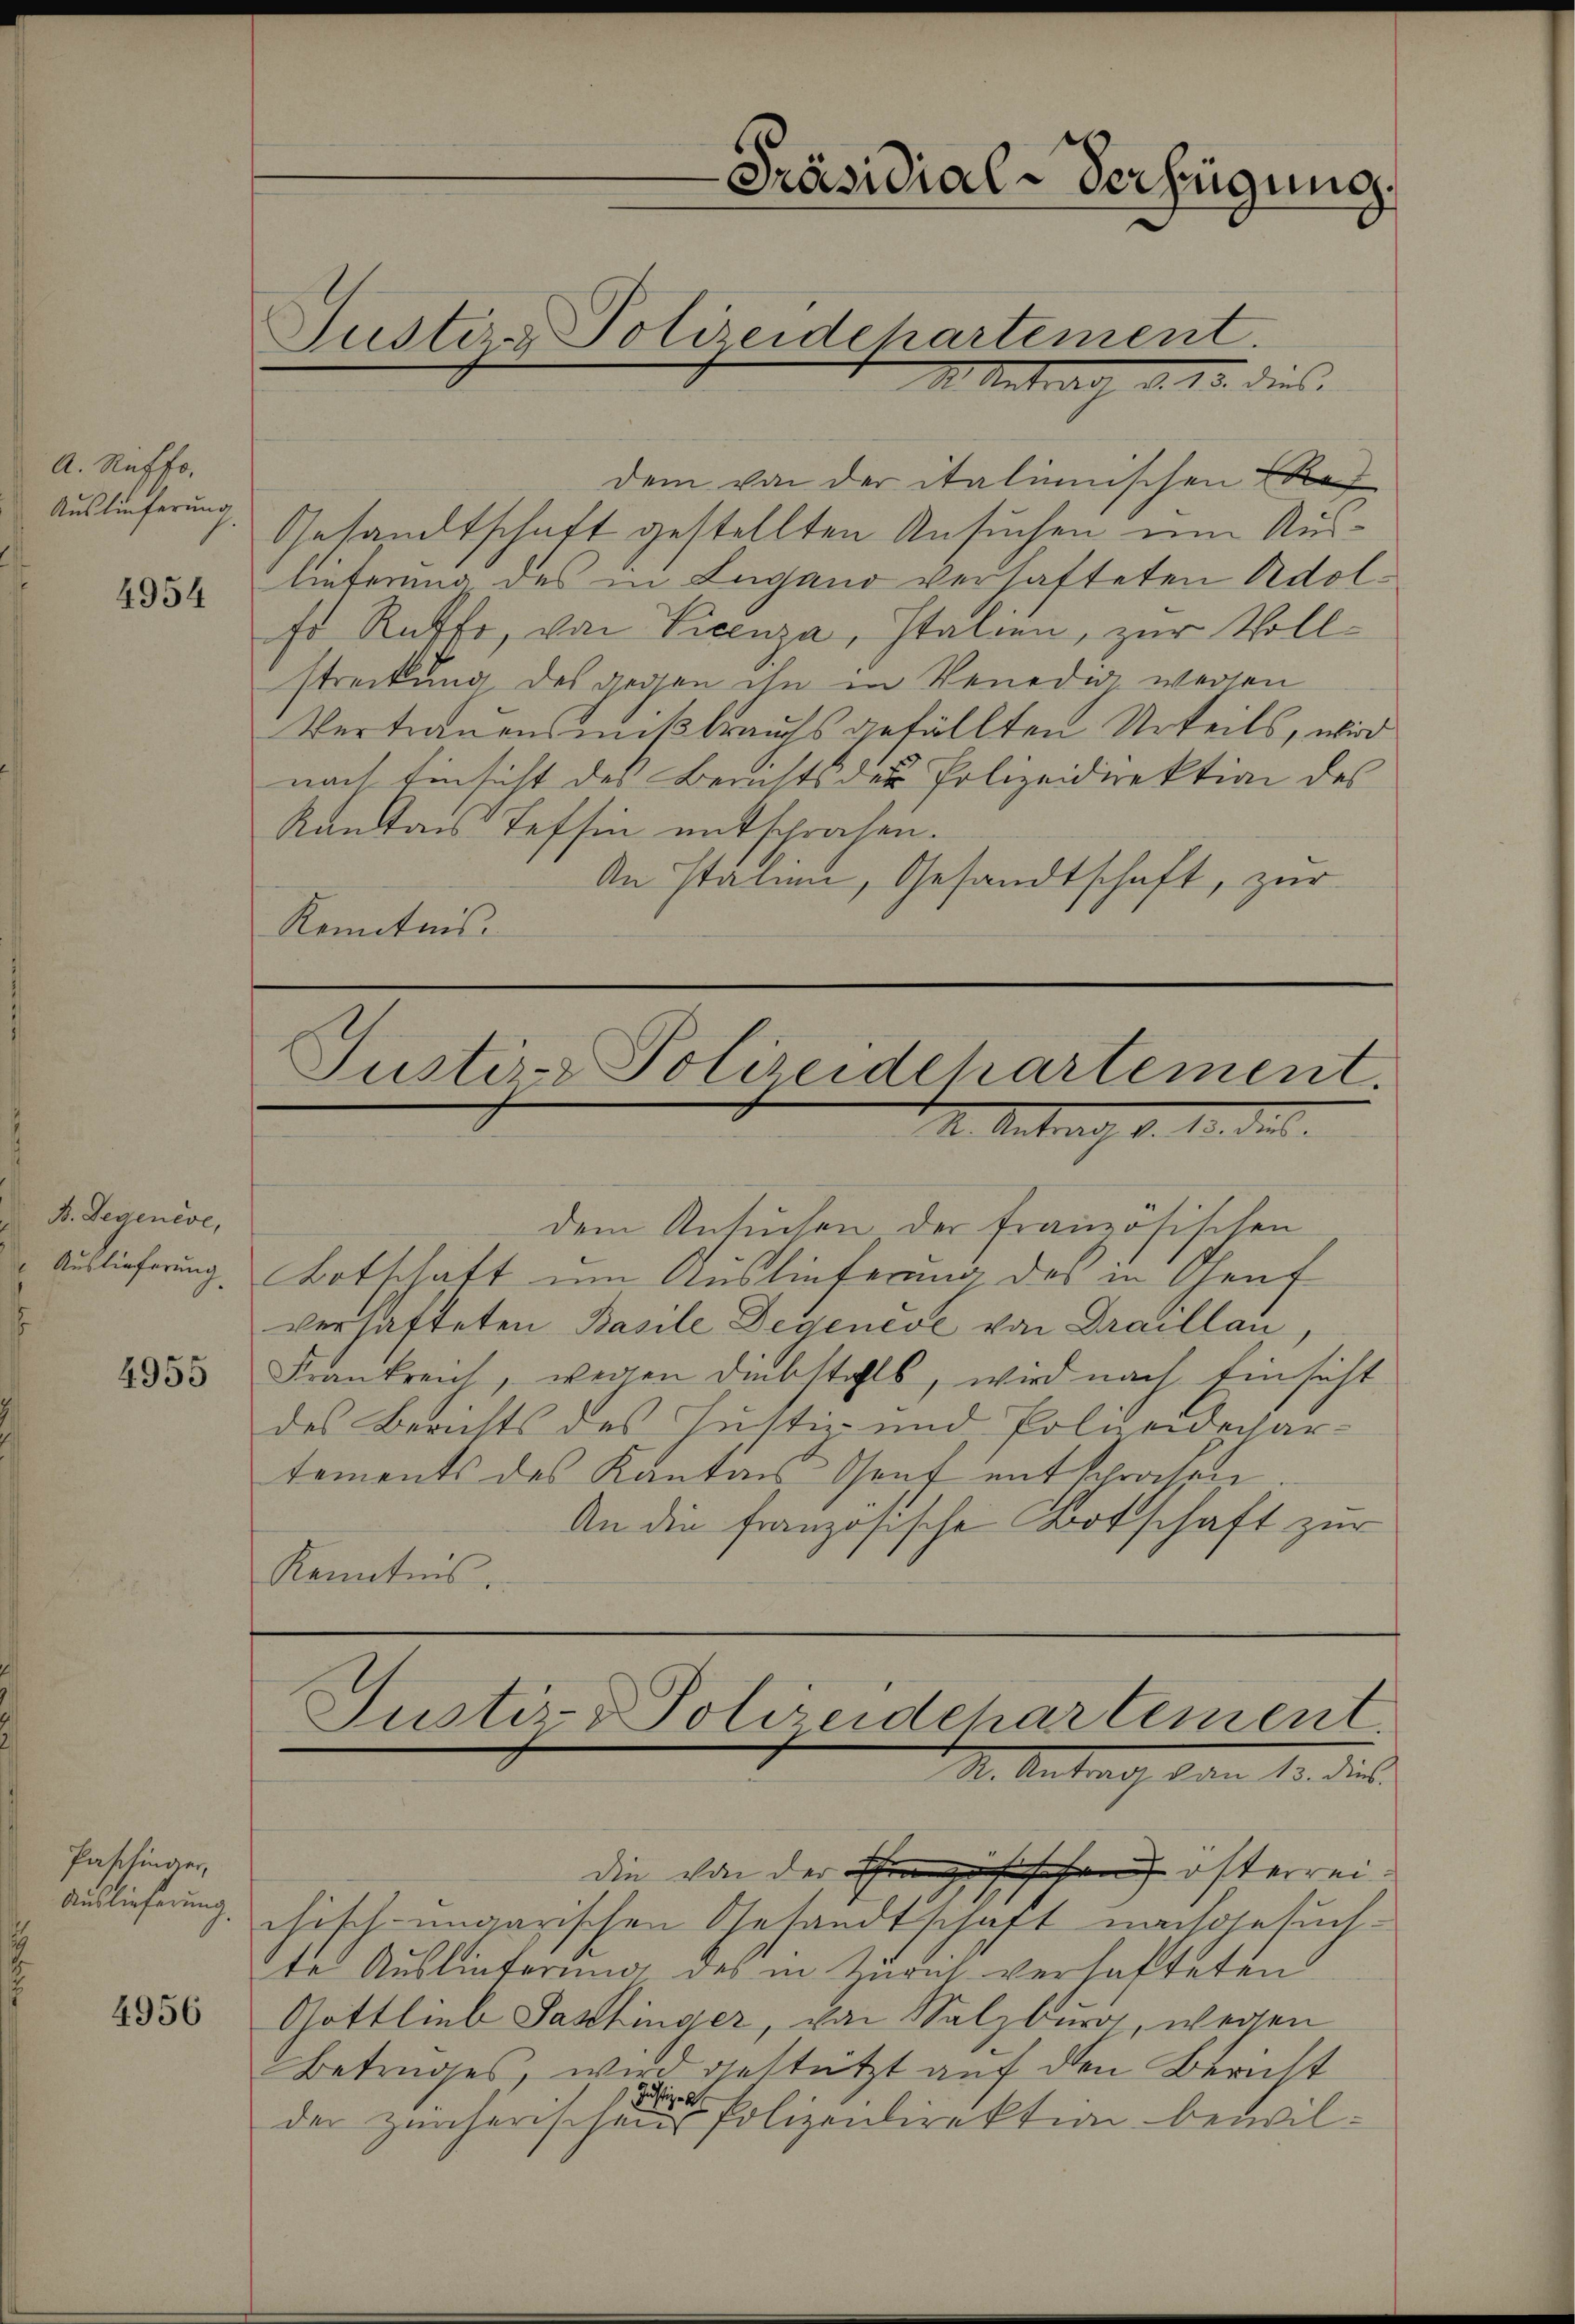
A. Ruffo
Auslieferung

4954

V. Segenese,

4955

Pattinger
Auslieferung

4956

Justiz & Polizeidehartement

M. Antrag d. 15. dies

dem von der italienischen Kaf
Gesandtschaft gestellten Ansuchen um Auslieferung des in Lugano verhafteten Adolsr Rathe, von Vicenza, Italien, zur Vollstreckung des gegen ihn in Veneder wegen
Vertrauensmißbrauchs gefällten Urteils, wir
nach Einsicht des Berichts der Polizeidirektion des
Kantons Tessin entsprochen.
An Italien, Gesandtschaft, zur
Kenntnis.

Justiz-Polizeidchartement.
12. Antrag d. 1. des

dem Ansuchen der französischen
Auslieferung Botschaft um Auslieferung des in Genf
verhafteten Basile Degeneve von Draillau
Frankreich, wegen Diebstahls, wird nach Einsicht
des Berichts des Justiz- und Polieidschar-
tements des Kantons Genf mit Schracken
An die französische Botschaft zur
Kenntnis

Justiz- & Polizeidchartement.
R. Antrag von 13. dies
die von der Französischen österreichisch-ungarischen Gesandtschaft nachgesuch-

Präsidial-Verfügung

te Auslieferung des in Zürich verhafteten
Gottlieb Passhinger, von Salzburg, wegen
Betruges, wird gestützt auf den Bericht
Justige
der zürcherischen Polizeidirektion bewil¬